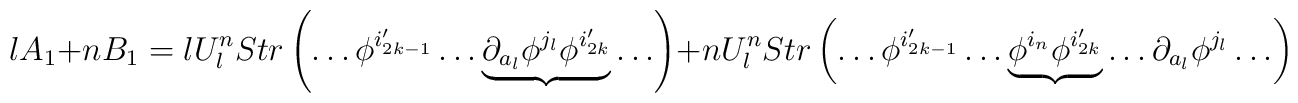
lA_1+nB_1= l U^n_l Str\left(\ldots \phi^{i_{2k-1}'}\ldots \underbrace{\partial_{a_l}\phi^{j_l}\phi^{i_{2k}'}}\ldots \right)+n U^n_l Str\left(\ldots \phi^{i_{2k-1}'}\ldots \underbrace{\phi^{i_n}\phi^{i_{2k}'}}\ldots \partial_{a_l}\phi^{j_l}\ldots \right)